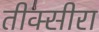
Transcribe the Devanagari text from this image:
तीक्सीरा